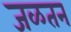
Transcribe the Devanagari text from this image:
जळतन